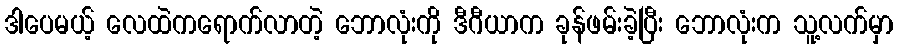
ဒါပေမယ့် လေထဲကရောက်လာတဲ့ ဘောလုံးကို ဒီဂီယာက ခုန်ဖမ်းခဲ့ပြီး ဘောလုံးက သူ့လက်မှာ